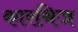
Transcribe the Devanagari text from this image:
कारथिज